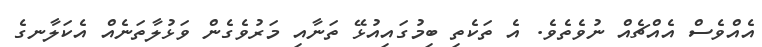
އެއްވެސް އެއްޗެއް ނުވެތެވެ. އެ ތަކެތި ބިމުގައިއުޅޭ ތަނާއި މަރުވެގެން ވަޅުލާތަނެއް އެކަލާނގެ